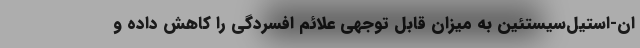
ان-استیل‌سیستئین به میزان قابل توجهی علائم افسردگی را کاهش داده و